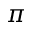
\pi